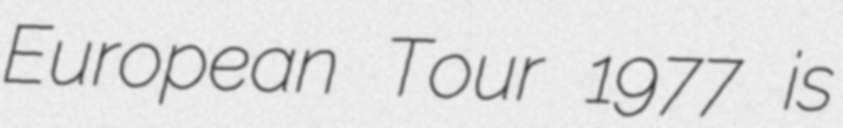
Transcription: European Tour 1977 is